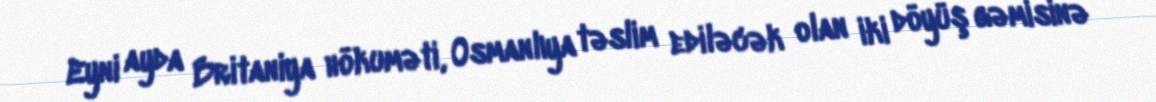
Eyni ayda Britaniya hökuməti, Osmanlıya təslim ediləcək olan iki döyüş gəmisinə